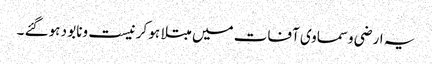
یہ ارضی وسماوی آفات میں مبتلا ہو کر نیست ونابو د ہوگئے ۔